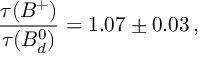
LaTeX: \frac { \tau ( B ^ { + } ) } { \tau ( B _ { d } ^ { 0 } ) } = 1 . 0 7 \pm 0 . 0 3 \, ,